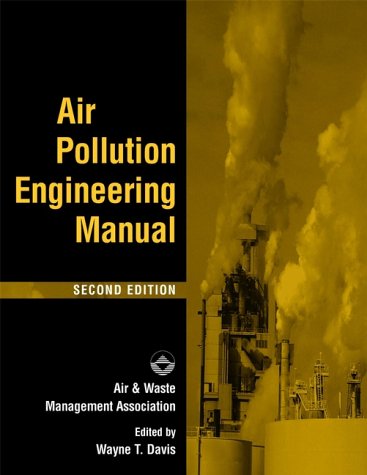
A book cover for Air Pollution Engineering Manual; Air & Waste Management Association; Science & Math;